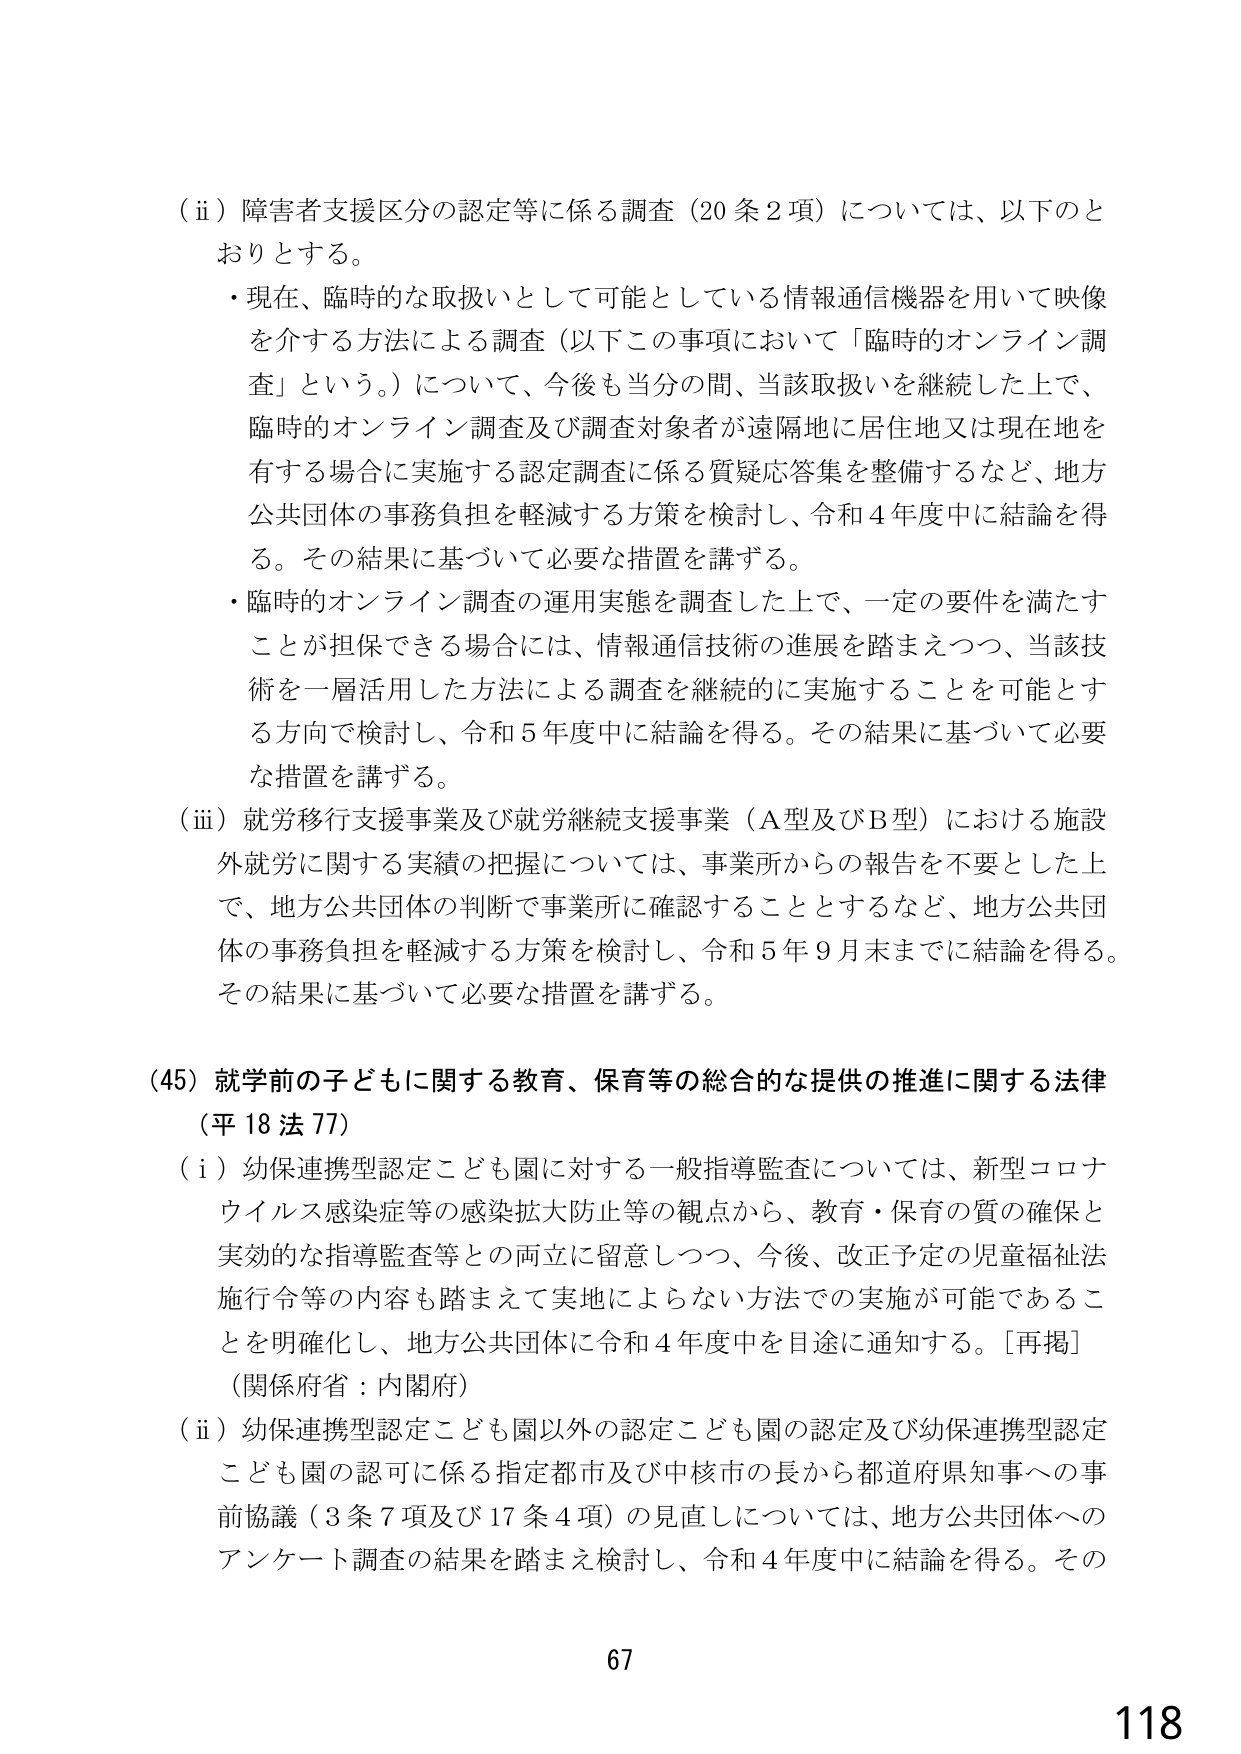
（ii）障害者支援区分の認定等に係る調査（20条2項）については、以下のとおりとする。

・現在、臨時的な取扱いとして可能としている情報通信機器を用いて映像を介する方法による調査（以下この事項において「臨時的オンライン調査」という。）について、今後も当分の間、当該取扱いを継続した上で、臨時のオンライン調査及び調査対象者が遠隔地に居住地又は現在地を有する場合に実施する認定調査に係る質疑応答集を整備するなど、地方公共団体の事務負担を軽減する方策を検討し、令和4年度中に結論を得る。その結果に基づいて必要な措置を講ずる。

・臨時的オンライン調査の運用実態を調査した上で、一定の要件を満たすことが担保できる場合には、情報通信技術の進展を踏まえつつ、当該技術を一層活用した方法による調査を継続的に実施することを可能とする方向で検討し、令和5年度中に結論を得る。その結果に基づいて必要な措置を講ずる。

（iii）就労移行支援事業及び就労継続支援事業（A型及びB型）における施設外就労に関する実績の把握については、事業所からの報告を不要とした上で、地方公共団体の判断で事業所に確認することとするなど、地方公共団体の事務負担を軽減する方策を検討し、令和5年9月末までに結論を得る。その結果に基づいて必要な措置を講ずる。

（45）就学前の子どもに関する教育、保育等の総合的な提供の推進に関する法律（平18法77）

（i）幼保連携型認定こども園に対する一般指導監査については、新型コロナウイルス感染症等の感染拡大防止等の観点から、教育・保育の質の確保と実効的な指導監査等との両立に留意しつつ、今後、改正予定の児童福祉法施行令等の内容も踏まえて実地によらない方法での実施が可能であることを明確化し、地方公共団体に令和4年度中を目途に通知する。［再掲］（関係府省：内閣府）

（ii）幼保連携型認定こども園以外の認定こども園の認定及び幼保連携型認定こども園の認可に係る指定都市及び中核市の長から都道府県知事への事前協議（3条7項及び17条4項）の見直しについては、地方公共団体へのアンケート調査の結果を踏まえ検討し、令和4年度中に結論を得る。その

67
118